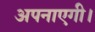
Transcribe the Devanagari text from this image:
अपनाएगी।